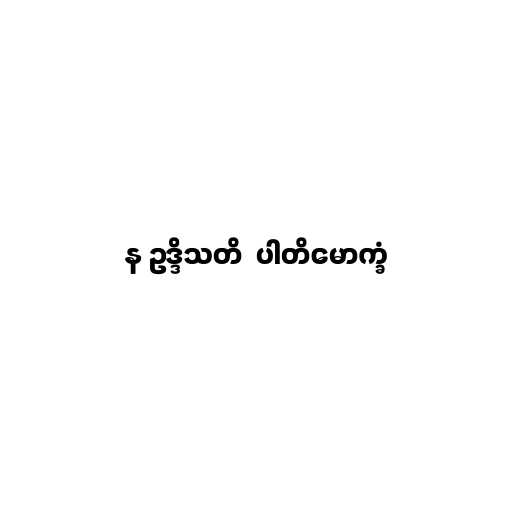
န ဥဒ္ဒိသတိ  ပါတိမောက္ခံ